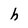
Character: h